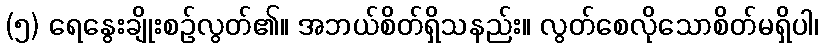
(၅) ရေနွေးချိုးစဉ်လွတ်၏။ အဘယ်စိတ်ရှိသနည်း။ လွတ်စေလိုသောစိတ်မရှိပါ၊